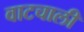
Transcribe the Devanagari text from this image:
वाटचाली